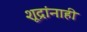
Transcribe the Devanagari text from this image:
शूद्रांनाही